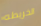
الخريطه